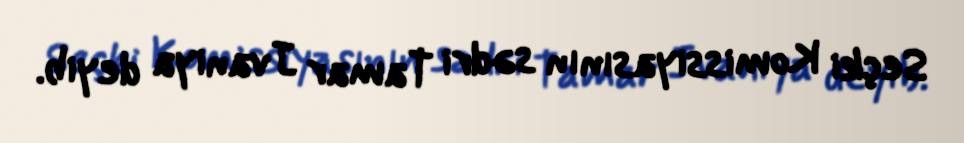
Seçki Komissiyasının sədri Tamar Jvaniya deyib.